Papers set at the Examination for Leaving Certificates, 1893
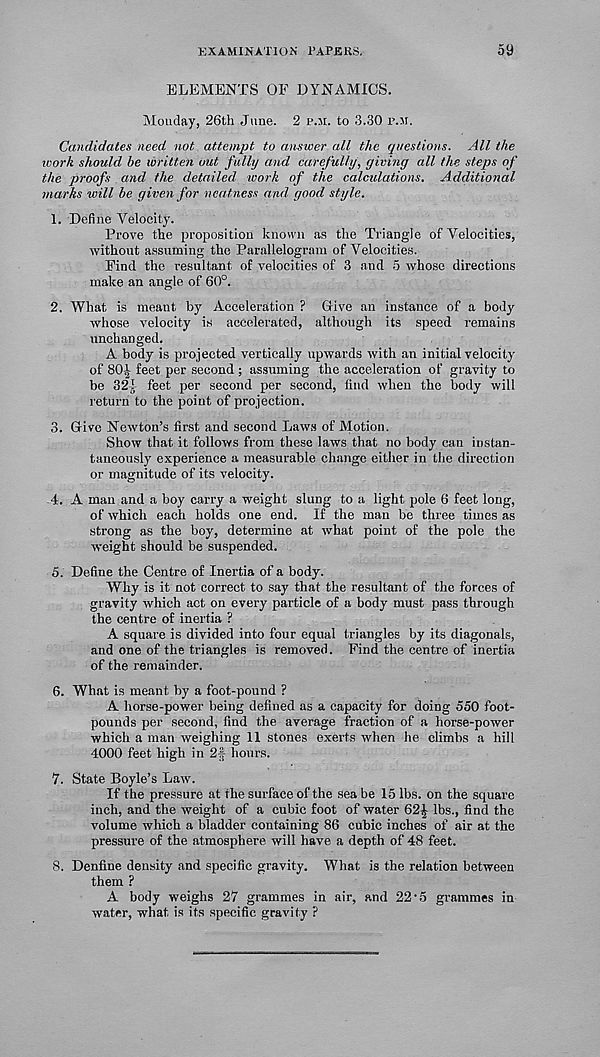
EXAMINATION PAPERS.
59
ELEMENTS OF DYNAMICS.
Monday, 26th June. 2 p.ji. to 3.30 p.m.
Candidates need not attempt to answer all the questions. All the
work should be written out fully and carefully, giving all the steps of
the proofs and the detailed work of the calculations. Additional
marks will be given for neatness and good style.
1. Define Velocity.
Prove the proposition known as the Triangle of Velocities,
without assuming the Parallelogram of Velocities.
Find the resultant of velocities of 3 and 5 whose directions
make an angle of 60°.
2. What, is meant by Acceleration ? Give an instance of a body
whose velocity is accelerated, although its speed remains
unchanged.
A body is projected vertically upwards with an initial velocity
of 80^ feet per second ; assuming the acceleration of gravity to
be 32J feet per second per second, find when the body will
return to the point of projection.
3. Give Newton’s first and second Laws of Motion.
Show that it follows from these laws that no body can instan-
taneously experience a measurable change either in the direction
or magnitude of its velocity.
4. A man and a boy carry a weight slung to a light pole 6 feet long,
of which each holds one end. If the man be three times as
strong as the boy, determine at what point of the pole the
weight should be suspended.
5. Define the Centre of Inertia of a body.
Why is it not correct to say that the resultant of the forces of
gravity which act on every particle of a body must pass through
the centre of inertia ?
A square is divided into four equal triangles by its diagonals,
and one of the triangles is removed. Find the centre of inertia
of the remainder.
6. What is meant by a foot-pound ?
A horse-power being defined as a capacity for doing 550 foot-
pounds per second, find the average fraction of a horse-power
which a man weighing 11 stones exerts when he climbs a hill
4000 feet high in 2| hours.
7. State Boyle’s Law.
If the pressure at the surface of the sea be 15 lbs. on the square
inch, and the weight of a cubic foot of water 62^ lbs., find the
volume which a bladder containing 86 cubic inches of air at the
pressure of the atmosphere will have a depth of 48 feet.
8. Denfine density and specific gravity. What is the relation between
them ?
A body weighs 27 grammes in air, and 22‘5 grammes in
water, what is its specific gravity ?